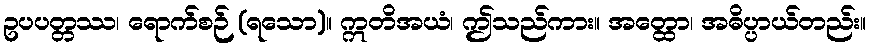
ဥပပတ္တဿ၊ ရောက်စဉ် (ရသော)။ ဣတိအယံ၊ ဤသည်ကား။ အတ္ထော၊ အဓိပ္ပာယ်တည်း။